Annual administration report of the Civil Veterinary Department, Ajmere-Merwara, British Rajputana - 1914-1940
Year: 1914
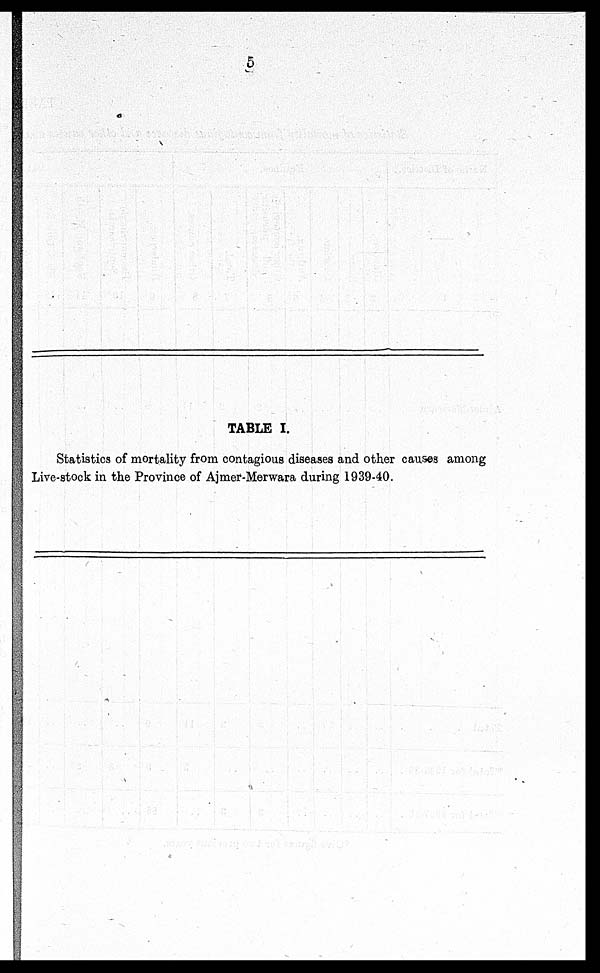
TABLE I.
Statistics of mortality from contagious diseases and other causes among
Live-stock in the Province of Ajmer-Merwara during 1939-40.